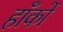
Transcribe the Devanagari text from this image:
हाँकों